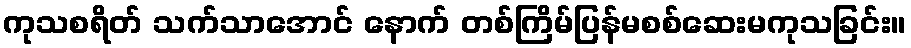
ကုသစရိတ် သက်သာအောင် နောက် တစ်ကြိမ်ပြန်မစစ်ဆေးမကုသခြင်း။